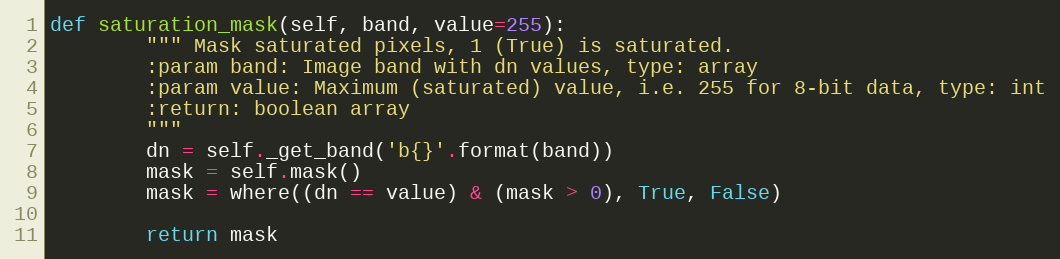
Language: Python
def saturation_mask(self, band, value=255):
        """ Mask saturated pixels, 1 (True) is saturated.
        :param band: Image band with dn values, type: array
        :param value: Maximum (saturated) value, i.e. 255 for 8-bit data, type: int
        :return: boolean array
        """
        dn = self._get_band('b{}'.format(band))
        mask = self.mask()
        mask = where((dn == value) & (mask > 0), True, False)

        return mask